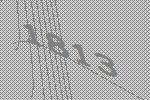
1813